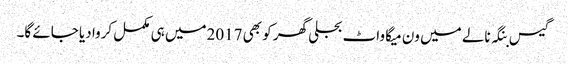
گیس بنگہ نالے میں ون میگا واٹ بجلی گھر کو بھی 2017میں ہی مکمل کروا دیا جائے گا۔